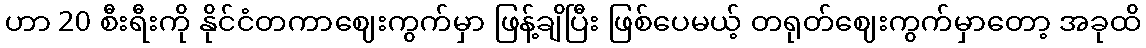
ဟာ 20 စီးရီးကို နိုင်ငံတကာဈေးကွက်မှာ ဖြန့်ချိပြီး ဖြစ်ပေမယ့် တရုတ်ဈေးကွက်မှာတော့ အခုထိ